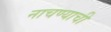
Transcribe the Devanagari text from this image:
नाचण्याची